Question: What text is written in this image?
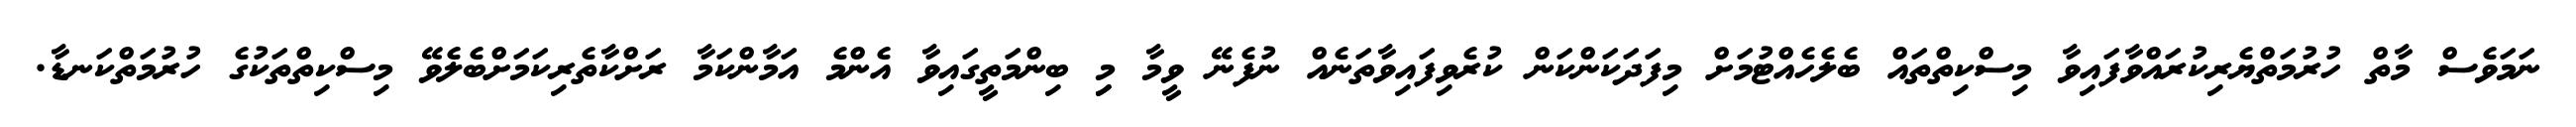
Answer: ނަމަވެސް މާތް ހުރުމަތްޔެރިކުރައްވާފައިވާ މިސްކިތްތައް ބެލެހެއްޓުމަށް މިފަދަކަންކަން ކުރެވިފައިވާތަނެއް ނުފެނޭ ވީމާ މިި ބިންމަތީގައިވާ އެންމެ އަމާންކަމާ ރަށްކާތެރިކަމަށްބެލެވޭ މިސްކިތްތަކުގެ ހުރުމަތްކަނޑާ.